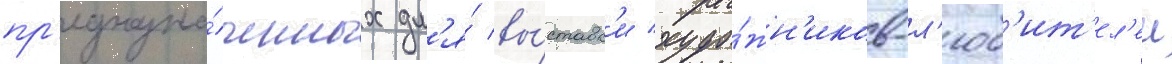
пр'едназна́ченных дл'я́ вы́ставк'и худо́жн'иков-л'юб'ит'ел'еи